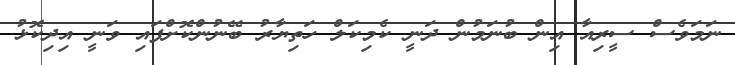
ނަމަވެސް ސީރިއާ އިން ބުނަމުން ދަނީ ކެމިކަލް ހަތިޔާރު ބޭނުންކޮށްފައި ވަނީ އިދިކޮޅު